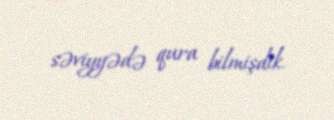
səviyyədə qura bilmişdik.